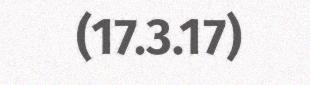
(17.3.17)